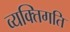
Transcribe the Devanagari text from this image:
व्यक्तिगति